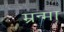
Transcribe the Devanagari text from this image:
म्रन्मा